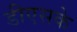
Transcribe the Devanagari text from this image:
डीएसके